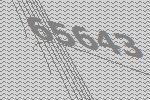
65643